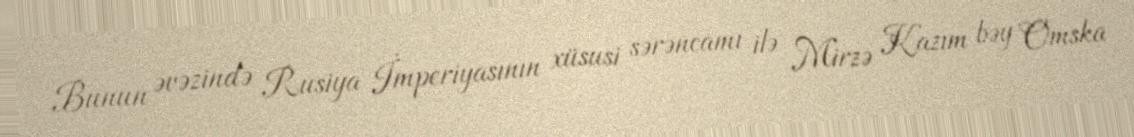
Bunun əvəzində Rusiya İmperiyasının xüsusi sərəncamı ilə Mirzə Kazım bəy Omska